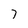
Character: 7